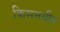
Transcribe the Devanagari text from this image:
किसनवीर